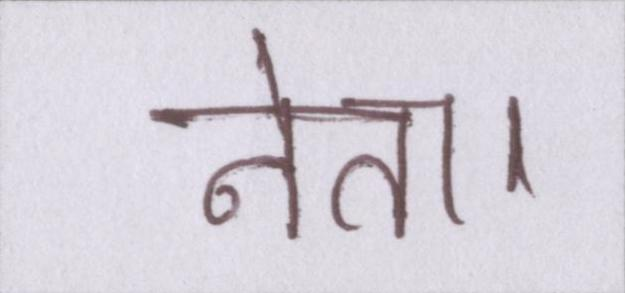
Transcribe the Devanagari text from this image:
नेता।